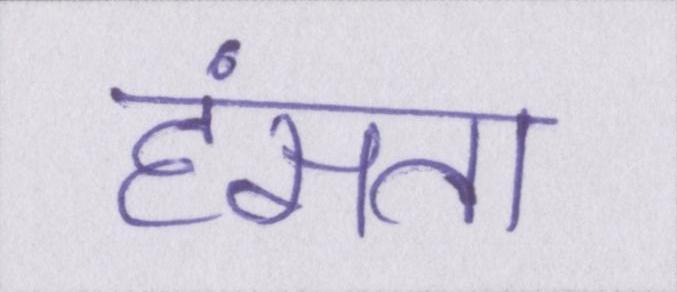
हंसता